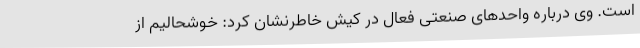
است. وی درباره واحدهای صنعتی فعال در کیش خاطرنشان کرد: خوشحالیم از